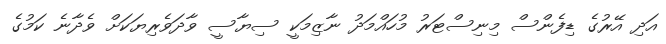
އަދި އޭރުގެ ޑިފެންސް މިނިސްޓަރު މުހައްމަދު ނާޒިމަކީ ސިޔާސީ ވާދަވެރިޔަކަށް ވެދާނެ ކަމުގެ